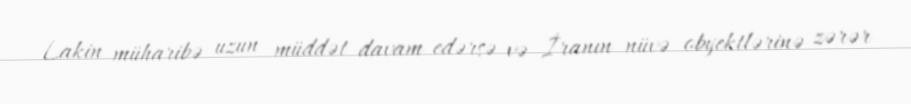
Lakin müharibə uzun müddət davam edərsə və İranın nüvə obyektlərinə zərər